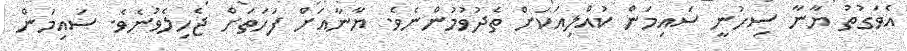
އެވަގުތު ޔާނާ ސިހުނީ ސައިމަން ކުއްލިއަކަށް ތެދުވުމުންނެވެ. ޔާނާއަށް ފަހަތަށް ޖެހިލެވުނެވެ. ސައިމަން